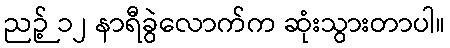
ညဉ့် ၁၂ နာရီခွဲလောက်က ဆုံးသွားတာပါ။